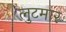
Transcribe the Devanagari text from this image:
लुटमार